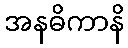
အနဓိကာနိ